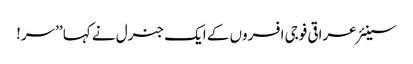
سینئر عراقی فوجی افسروں کے ایک جنرل نے کہا ’’سر!